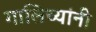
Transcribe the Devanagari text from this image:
गालिच्यांनी